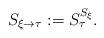
LaTeX: \begin{align*}S_{\xi\to\tau}:=S_{\tau}^{S_{\xi}}.\end{align*}